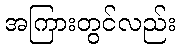
အကြားတွင်လည်း